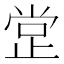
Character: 𣥺